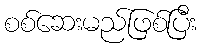
စစ်ဆေးမည်ဖြစ်ပြီး